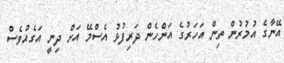
އޭނާގެ އުމުރުން ތިން އަހަރުގެ އަންހެން ދަރިފުޅު އެސްމޭ އަށް ދިނީ އަގެއްވެސް